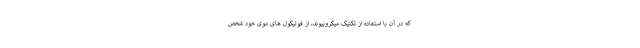
که در آن با استفاده از تکنیک میکروپیوند، از فولیکول های موی خود شخص